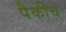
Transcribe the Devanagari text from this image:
पैकीच